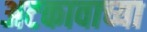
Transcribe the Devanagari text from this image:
अटकावाच्या